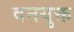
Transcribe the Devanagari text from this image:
वनयुक्त